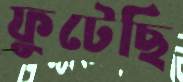
ফুটেছি